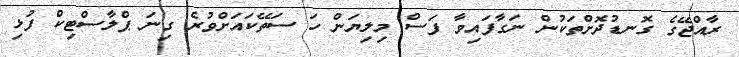
ރާއްޖޭގެ ގޮނޑުދޮށްތަކުން ނަގާފައިވާ ފަސް މިލިޔަން ހަ ސަތޭކައަށްވުރެ ގިނަ ޕްލާސްޓިކް ފުޅި